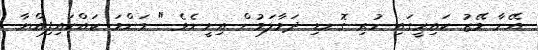
އޭނާ މޭޒު ކައިރީގައި ހުރި ގޮނޑި ދަމާލަމުން އިށީނެވެ " މަންމަ ކައްކައިފިއްޔާ